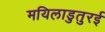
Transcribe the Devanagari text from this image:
मयिलाडुतुरई